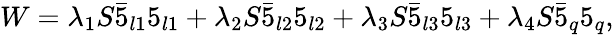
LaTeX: W=\lambda_{1}S\bar{5}_{l1}5_{l1}+\lambda_{2}S\bar{5}_{l2}5_{l2}+\lambda_{3}S\bar{5}_{l3}5_{l3}+\lambda_{4}S\bar{5}_{q}5_{q},